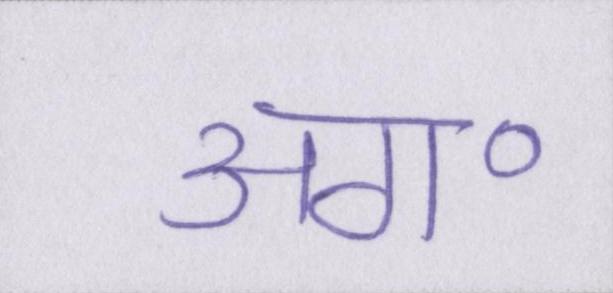
अग॰